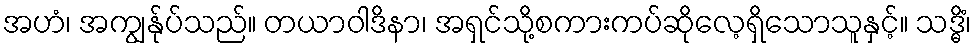
အဟံ၊ အကျွန်ုပ်သည်။ တယာဝါဒိနာ၊ အရှင်သို့စကားကပ်ဆိုလေ့ရှိသောသူနှင့်။ သဒ္ဓိံ၊